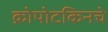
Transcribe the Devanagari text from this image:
क्रोपोटकिनचे